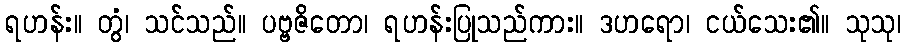
ရဟန်း။ တွံ၊ သင်သည်။ ပဗ္ဗဇိတော၊ ရဟန်းပြုသည်ကား။ ဒဟရော၊ ငယ်သေး၏။ သုသု၊